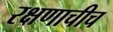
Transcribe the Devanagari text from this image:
रक्षणाचीच